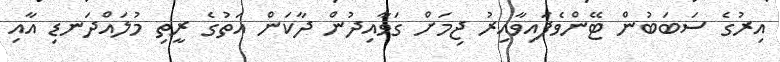
އިރުގެ ސަބަބުން ޓޭންވެފައިވާއިރު ޖިމަށް ގަވާއިދުން ދާކަން އަތުގެ ރީތި މުލައްދަނޑި އާއި